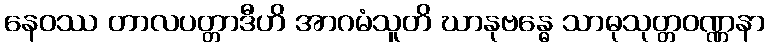
နေဝဿ တာလပတ္တာဒီဟိ အာဂမံသူတိ ဃာနုဗန္ဓေ သာဓုသုတ္တဝဏ္ဏနာ